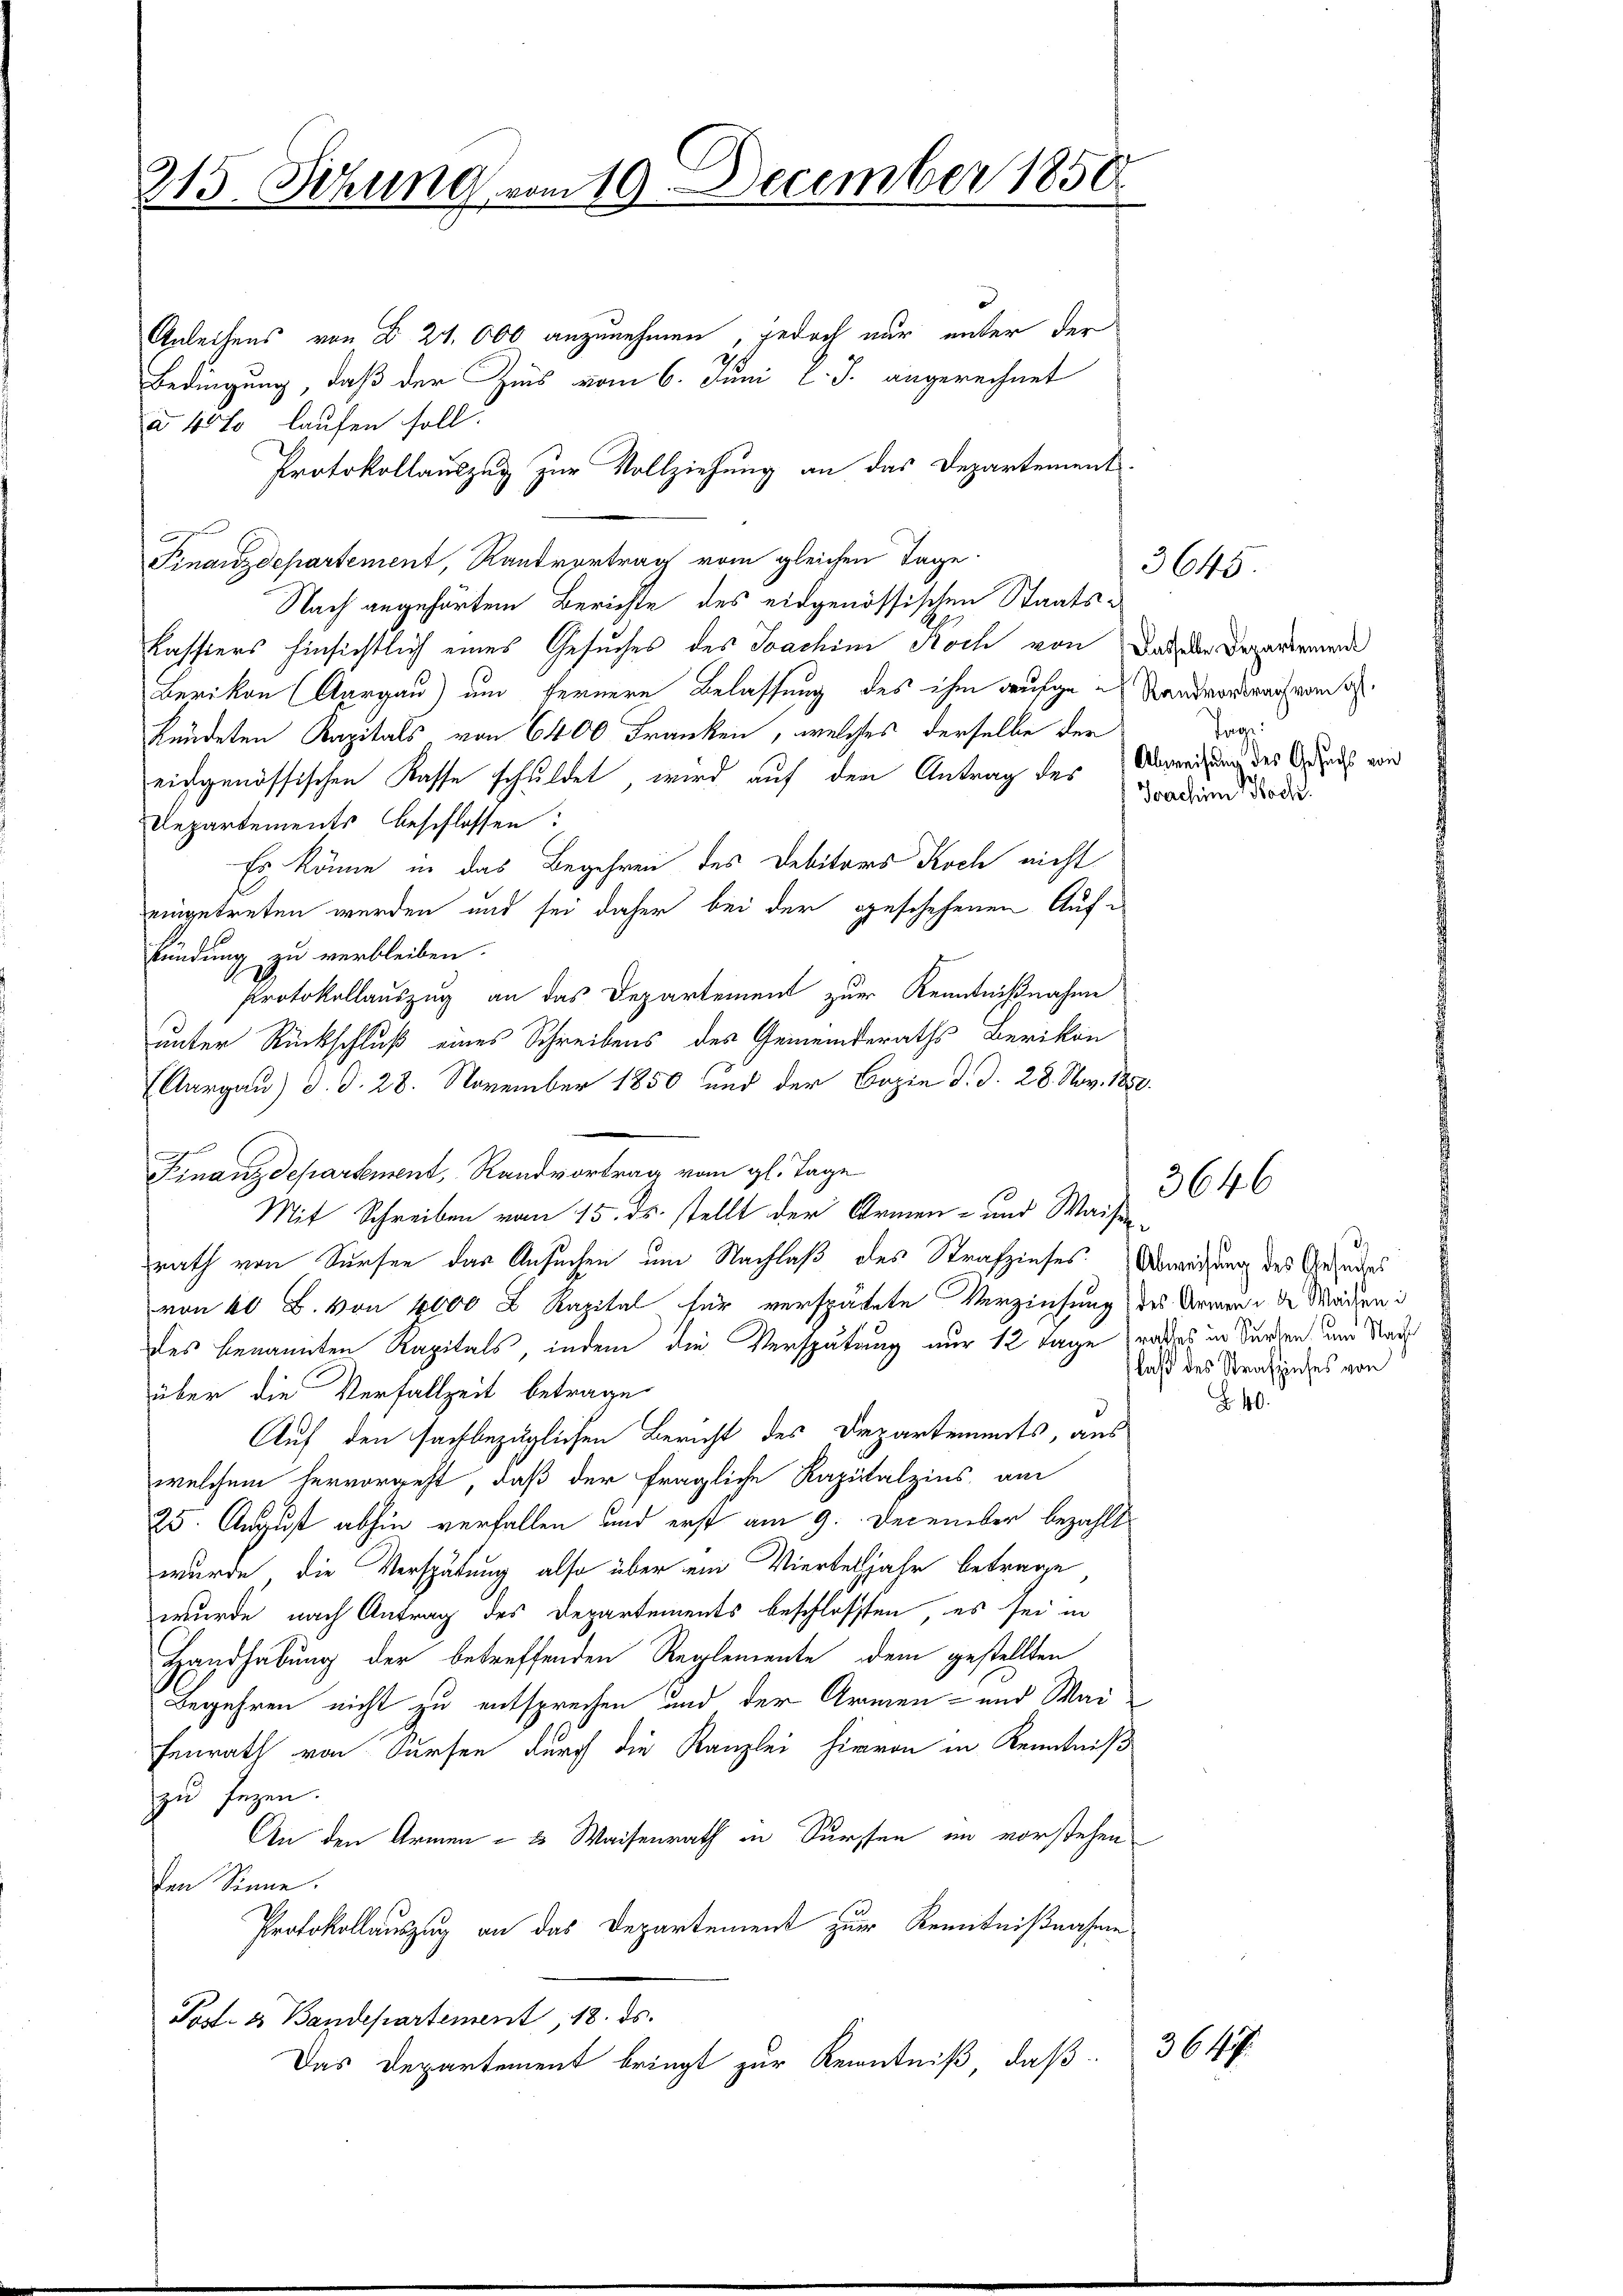
215. Jehung vom 10. December 1858.

Anleihens von B. 21. 000 anzunehmen, jedoch nur unter der
Bedingung, daß der Zins vom 6. Juni l. J. angerechnet
à 40% laufen soll.
Protokollauszug zur Vollziehung an das Departement
x
Finanzdepartement, Randvertrag vom gleichen Tage
Nach angehörten Berichte des eidgenössischen Staats¬
Kassiers hinsichtlich eines Gesuches des Joachini Koch von Dach der Deparirende
Berikon (Aargau) und fernere Belassung des ihm aufge-Standvortrach von a
kündeten Kapitals, von 6400 Franken, welches derselbe der
eichgenössischen Kasse schuldet, wird auf den Antrag des
Departements beschlossen:
Es könne in das Begehren des Debitors Koch nicht
eingetreten werden und sei daher bei der geschehenen Aufkündung zu verbleiben.
Protokollauszug an das Departement zur Kenntnißnahme
unter Rückschluß eines Schreibens des Gemeinderaths Berikon
(Aargau) d. d. 28. November 1850 und der Copie d. d. 28. Nov. 1850.
Finanzdepartement, Randvortrag vom gl. Tage
Mit Schreiben vom 15. ds. stellt der Armen- und Waisen
rath von Sursen das Ansuchen um Nachlaß des Strafzinses Anweihung des Gesundes
von 40 B. von 4000 x Kapital für verspätete Verzinsung des Armen a Marien i
des benannten Kapitals, indem die Verspätung nur 12 Tage raches in kurzen und Stad
über die Verfallzeit betrage
Auf den sachbezüglichen Bericht des Departements, aus
welchem hervorgeht, daß der fragliche Kapitalzins, am
25. August abhin verfallen und erst am 9. December bezahlt
wurde, die Verspätung, also über ein Vierteljahr betrage
wurde nach Antrag des Departements beschlossen, es sei in
Handhabung der betreffenden Reglemente dem gestellten
Begehren nicht zu entsprechen und der Armen- und Waifenrath von Sursen durch die Kanzlei hievon in Kenntniß
zu Jezen.
An den Armen- & Waisenrath in Sursten im vorstehen
den Sinne.
Protokollauszug an das Departement zur Kenntnißnahme
Post- & Bandepartement, 18. ds.
Das Departement bringt zur Kenntniß, daß

Tage:
f Abweisung des Gesuchs von
e
Joachim Hoch

laß des Strafziehes von

3647

3645.

3646

40.